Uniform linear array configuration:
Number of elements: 64
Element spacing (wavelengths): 1
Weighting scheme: blackman
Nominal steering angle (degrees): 60
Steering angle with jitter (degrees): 60.67
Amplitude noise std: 0.05
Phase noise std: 0.05

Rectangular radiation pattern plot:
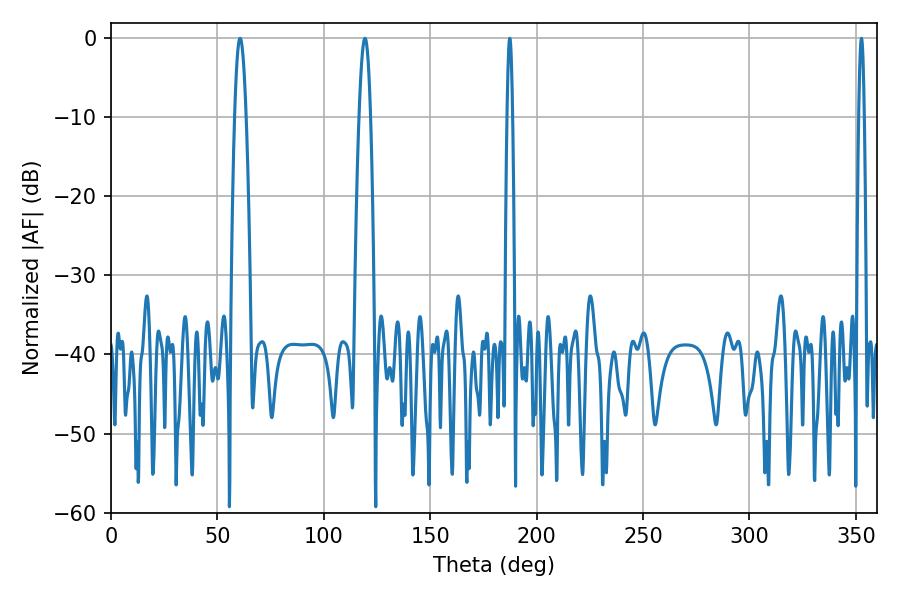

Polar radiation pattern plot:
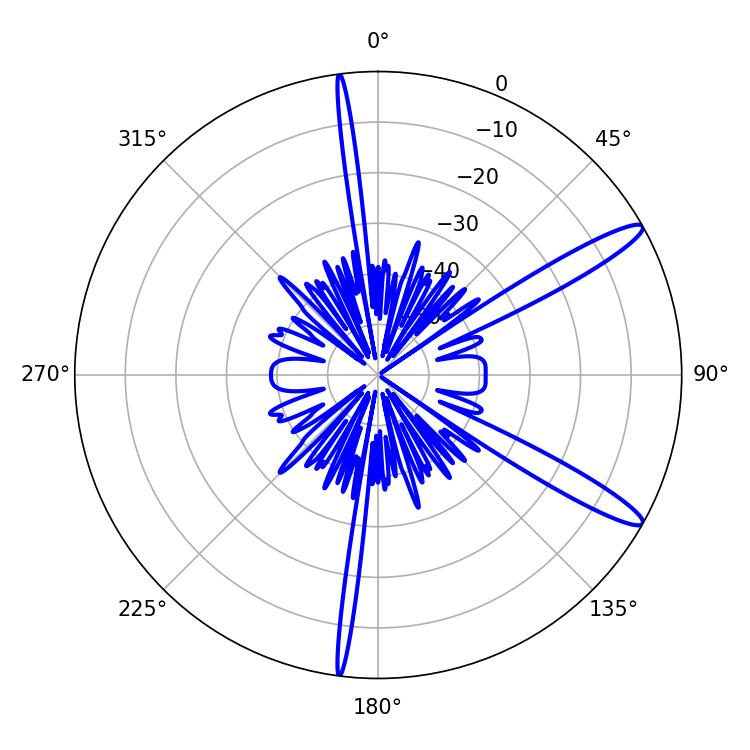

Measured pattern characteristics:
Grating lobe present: TRUE
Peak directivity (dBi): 13.41
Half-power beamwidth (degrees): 2.88
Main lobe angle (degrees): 60.66